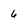
Character: 6